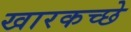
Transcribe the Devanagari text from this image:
खारकच्छे